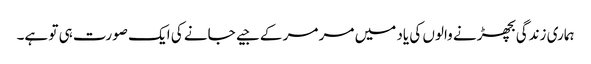
ہماری زندگی بچھڑنے والوں کی یاد میں مر مر کے جیے جانے کی ایک صورت ہی تو ہے۔